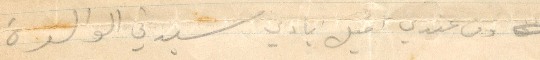
ومن عندي اقبل ايادي سيدتي الوالدة